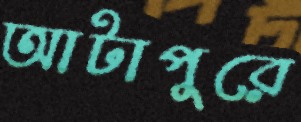
আটাপুরে